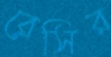
রেসির